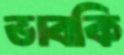
ভাবকি